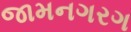
જામનગરગ